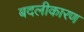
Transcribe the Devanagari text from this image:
बदलीकारण